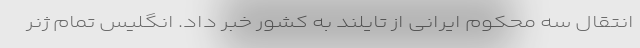
انتقال سه محکوم ایرانی از تایلند به کشور خبر داد. انگلیس تمام ژنر